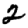
Digit: 2